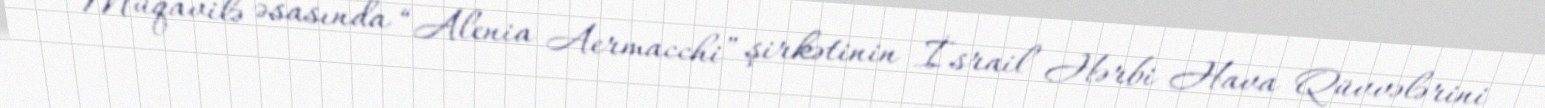
Müqavilə əsasında “Alenia Aermacchi” şirkətinin İsrail Hərbi Hava Qüvvələrini